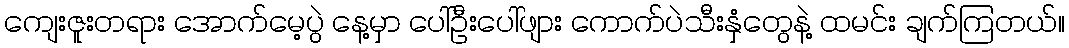
ကျေးဇူးတရား အောက်မေ့ပွဲ နေ့မှာ ပေါ်ဦးပေါ်ဖျား ကောက်ပဲသီးနှံတွေနဲ့ ထမင်း ချက်ကြတယ်။